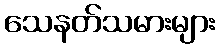
သေနတ်သမားများ